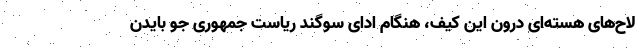
لاح‌های هسته‌ای درون این کیف، هنگام ادای سوگند ریاست جمهوری جو بایدن